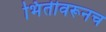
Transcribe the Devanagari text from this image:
भिंतीवरूनच